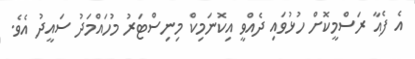
އެ ފެއާ ރަސްމީކޮށް ހުޅުވައި ދެއްވީ އިކޮނަމިކް މިނިސްޓަރު މުހައްމަދު ސައީދު އެވެ.